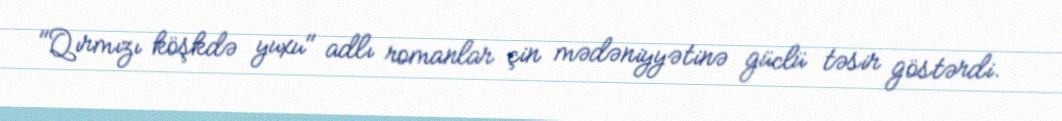
"Qırmızı köşkdə yuxu" adlı romanlar çin mədəniyyətinə güclü təsir göstərdi.